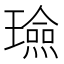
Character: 𭺈